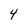
Character: 4